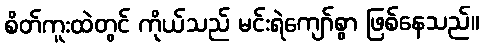
စိတ်ကူးထဲတွင် ကိုယ်သည် မင်းရဲကျော်စွာ ဖြစ်နေသည်။